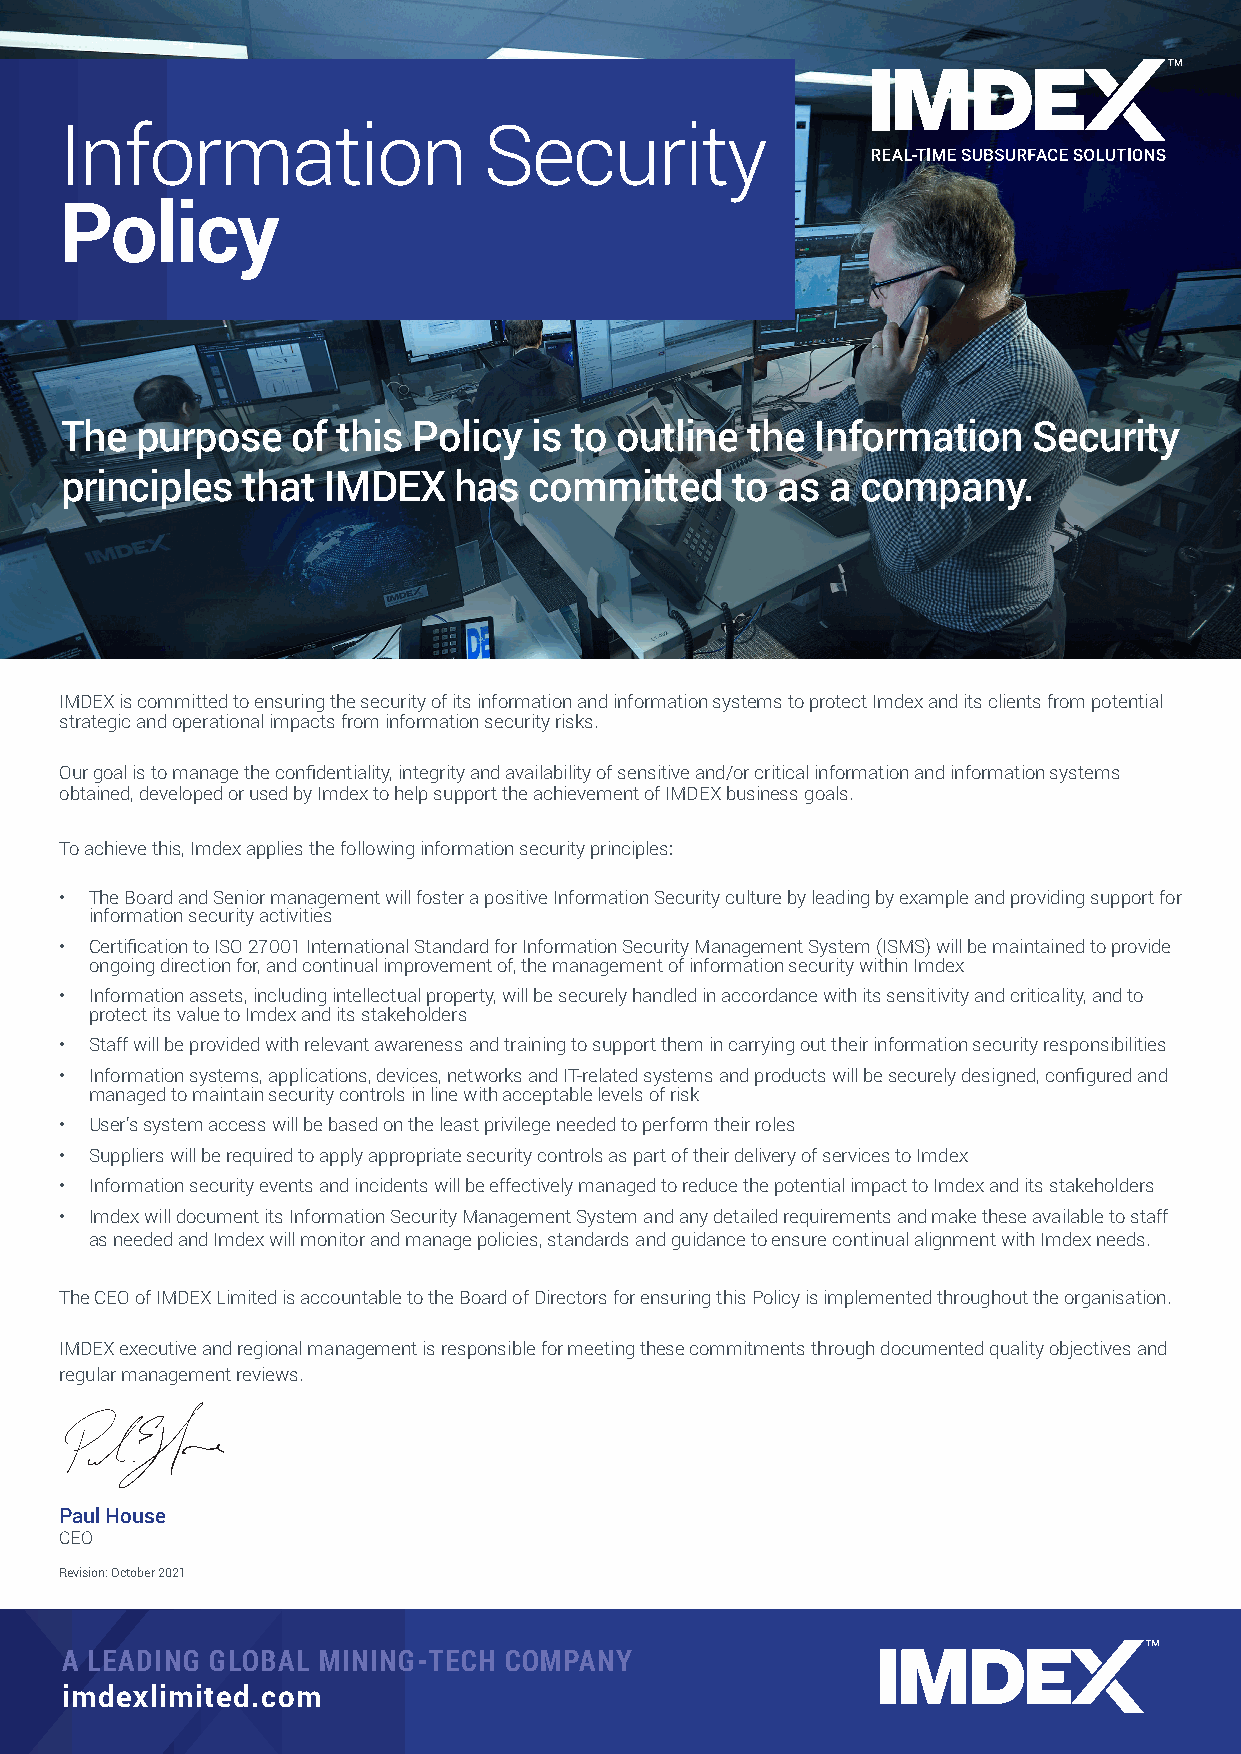
Information                 Security
 Policy
 The  purpose   of this Policy  is to outline  the Information   Security
 principles  that IMDEX    has  committed    to as  a company.
 IMDEX is committed to ensuring the security of its information and information systems to protect Imdex and its clients from potential
 strategic and operational impacts from information security risks.
 Our goal is to manage the confidentiality, integrity and availability of sensitive and/or critical information and information systems
 obtained, developed or used by Imdex to help support the achievement of IMDEX business goals.
 To achieve this, Imdex applies the following information security principles:
 • The Board and Senior management will foster a positive Information Security culture by leading by example and providing support for
 information security activities
 • Certification to ISO 27001 International Standard for Information Security Management System (ISMS) will be maintained to provide
 ongoing direction for, and continual improvement of, the management of information security within Imdex
 • Information assets, including intellectual property, will be securely handled in accordance with its sensitivity and criticality, and to
 protect its value to Imdex and its stakeholders
 • Staff will be provided with relevant awareness and training to support them in carrying out their information security responsibilities
 • Information systems, applications, devices, networks and IT-related systems and products will be securely designed, configured and
 managed to maintain security controls in line with acceptable levels of risk
 • User’s system access will be based on the least privilege needed to perform their roles
 • Suppliers will be required to apply appropriate security controls as part of their delivery of services to Imdex
 • Information security events and incidents will be effectively managed to reduce the potential impact to Imdex and its stakeholders
 • Imdex will document its Information Security Management System and any detailed requirements and make these available to staff
 as needed and Imdex will monitor and manage policies, standards and guidance to ensure continual alignment with Imdex needs.
 The CEO of IMDEX Limited is accountable to the Board of Directors for ensuring this Policy is implemented throughout the organisation.
 IMDEX executive and regional management is responsible for meeting these commitments through documented quality objectives and
 regular management reviews.
 Paul House
 CEO
 Revision: October 2021
 A LEADING GLOBAL MINING-TECH COMPANY
 imdexlimited.com